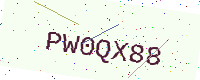
Text: PW0QX88